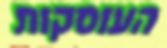
העוסקות